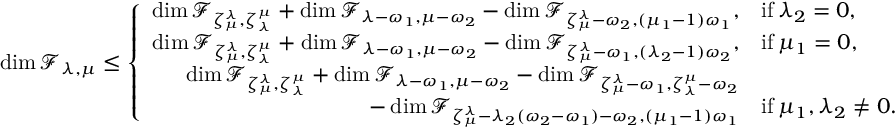
\dim \mathcal F _ { \lambda , \mu } \leq \left\lbrace \begin{array} { r l } { \dim \mathcal F _ { \zeta _ { \mu } ^ { \lambda } , \zeta _ { \lambda } ^ { \mu } } + \dim \mathcal F _ { \lambda - \omega _ { 1 } , \mu - \omega _ { 2 } } - \dim \mathcal F _ { \zeta _ { \mu } ^ { \lambda } - \omega _ { 2 } , ( \mu _ { 1 } - 1 ) \omega _ { 1 } } , } & { \mathrm { i f } \, \lambda _ { 2 } = 0 , } \\ { \dim \mathcal F _ { \zeta _ { \mu } ^ { \lambda } , \zeta _ { \lambda } ^ { \mu } } + \dim \mathcal F _ { \lambda - \omega _ { 1 } , \mu - \omega _ { 2 } } - \dim \mathcal F _ { \zeta _ { \mu } ^ { \lambda } - \omega _ { 1 } , ( \lambda _ { 2 } - 1 ) \omega _ { 2 } } , } & { \mathrm { i f } \, \mu _ { 1 } = 0 , } \\ { \dim \mathcal F _ { \zeta _ { \mu } ^ { \lambda } , \zeta _ { \lambda } ^ { \mu } } + \dim \mathcal F _ { \lambda - \omega _ { 1 } , \mu - \omega _ { 2 } } - \dim \mathcal F _ { \zeta _ { \mu } ^ { \lambda } - \omega _ { 1 } , \zeta _ { \lambda } ^ { \mu } - \omega _ { 2 } } } & \\ { - \dim \mathcal F _ { \zeta _ { \mu } ^ { \lambda } - \lambda _ { 2 } ( \omega _ { 2 } - \omega _ { 1 } ) - \omega _ { 2 } , ( \mu _ { 1 } - 1 ) \omega _ { 1 } } } & { \mathrm { i f } \, \mu _ { 1 } , \lambda _ { 2 } \neq 0 . } \end{array} \right.